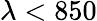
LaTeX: \lambda<850